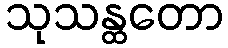
သုသန္ထတော